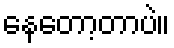
နေတော့တာပဲ။